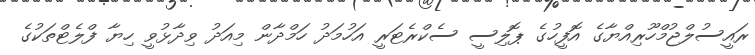
ރައީސުލްޖުމްހޫރިއްޔާގެ އޮފީހުގެ ޕޮލިސީ ސެކްރެޓަރީ އަހުމަދު ހަމްދާން މިއަދު ވިދާޅުވީ ހިޔާ ފްލެޓްތަކުގެ